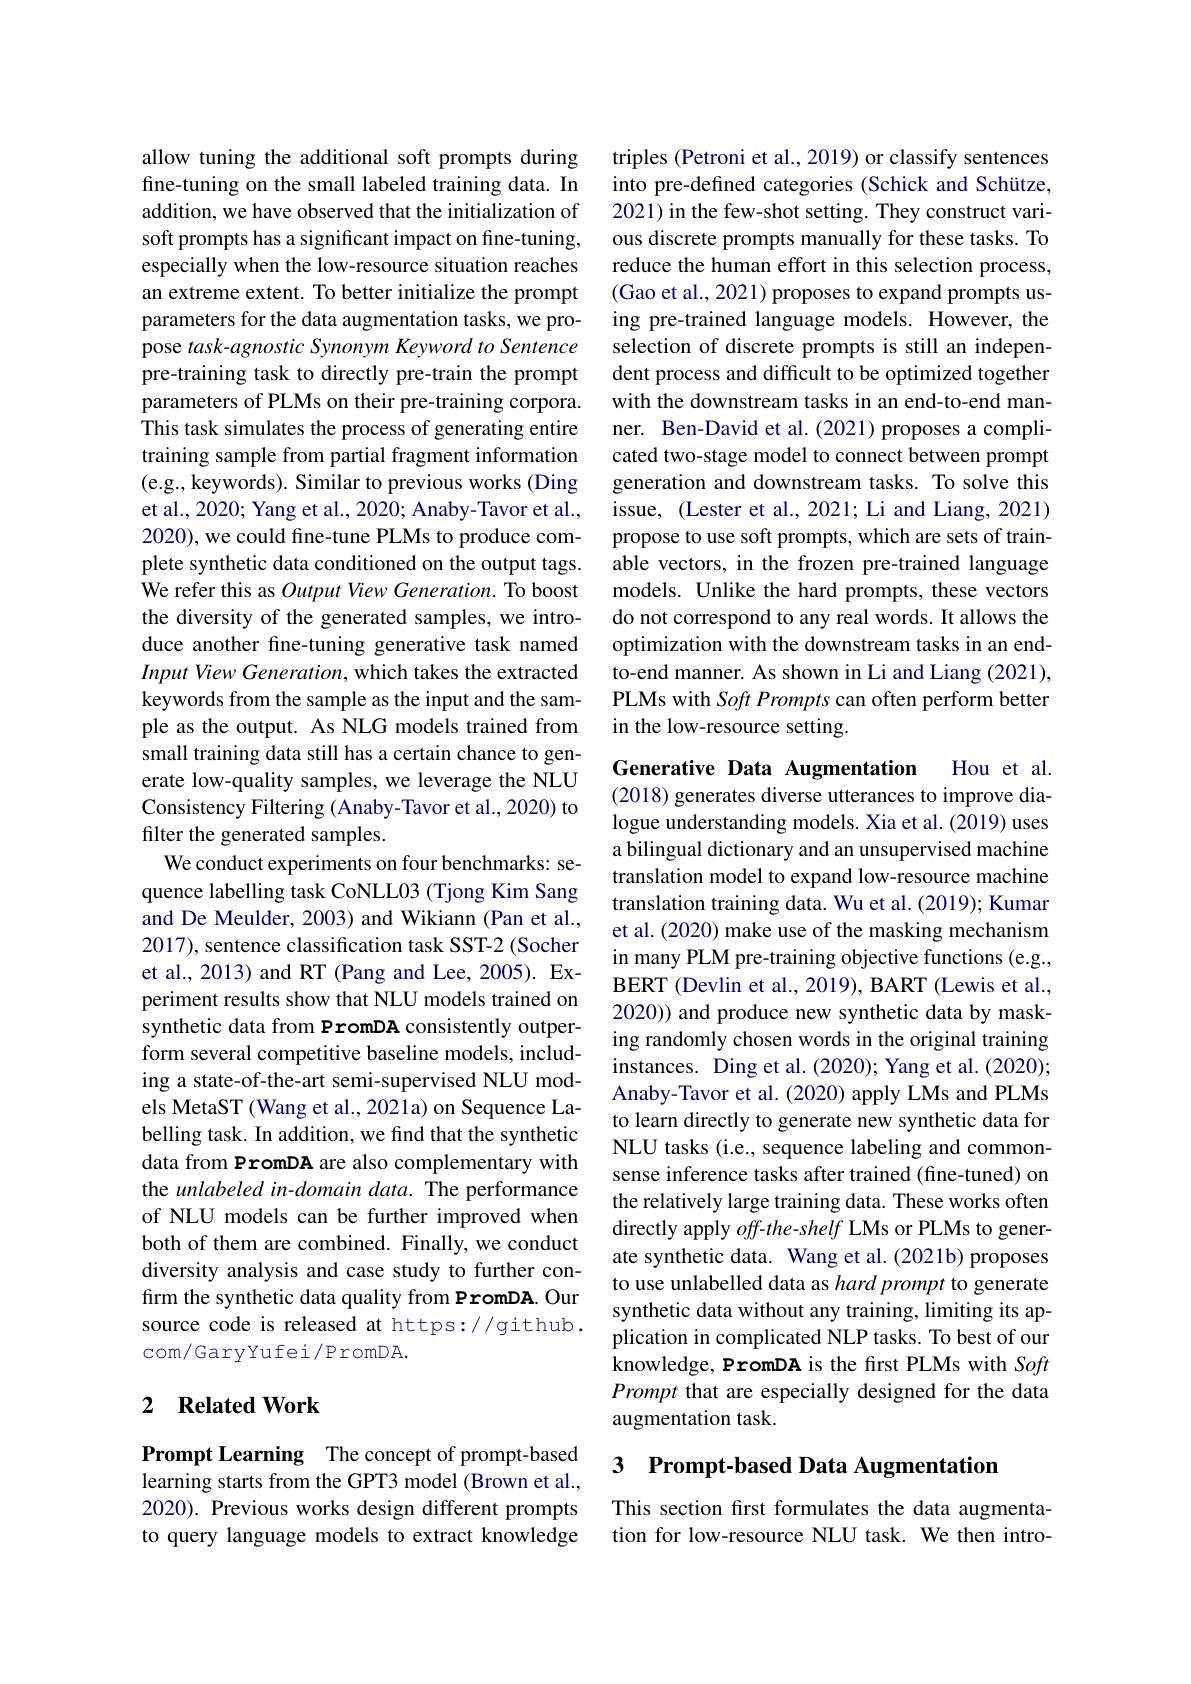
allow tuning the additional soft prompts during fine-tuning on the small labeled training data. In addition, we have observed that the initialization of soft prompts has a significant impact on fine-tuning, especially when the low-resource situation reaches an extreme extent. To better initialize the prompt parameters for the data augmentation tasks, we propose task-agnostic Synonym Keyword to Sentence pre-training task to directly pre-train the prompt parameters of PLMs on their pre-training corpora. This task simulates the process of generating entire training sample from partial fragment information (e.g., keywords). Similar to previous works (Ding et al., 2020; Yang et al., 2020; Anaby-Tavor et al., 2020), we could fine-tune PLMs to produce complete synthetic data conditioned on the output tags. We refer this as Output View Generation. To boost the diversity of the generated samples, we introduce another fine-tuning generative task named Input View Generation, which takes the extracted keywords from the sample as the input and the sample as the output. As NLG models trained from small training data still has a certain chance to generate low-quality samples, we leverage the NLU Consistency Filtering (Anaby-Tavor et al., 2020) to filter the generated samples.
We conduct experiments on four benchmarks: sequence labelling task CoNLL03 (Tjong Kim Sang and De Meulder, 2003) and Wikiann (Pan et al., 2017), sentence classification task SST-2 (Socher et al., 2013) and RT (Pang and Lee, 2005). Experiment results show that NLU models trained on synthetic data from PromDA consistently outperform several competitive baseline models, including a state-of-the-art semi-supervised NLU models MetaST (Wang et al., 2021a) on Sequence Labelling task. In addition, we find that the synthetic data from PromDA are also complementary with the unlabeled in-domain data. The performance of NLU models can be further improved when both of them are combined. Finally, we conduct diversity analysis and case study to further confirm the synthetic data quality from PromDA. Our source code is released at https://github. com/GaryYufei/PromDA.

## 2 $\textbf{Related Work}$

Prompt Learning The concept of prompt-based learning starts from the GPT3 model (Brown et al., 2020). Previous works design different prompts to query language models to extract knowledge

triples (Petroni et al., 2019) or classify sentences into pre-defined categories (Schick and Schütze, 2021) in the few-shot setting. They construct various discrete prompts manually for these tasks. To reduce the human effort in this selection process, (Gao et al., 2021) proposes to expand prompts using pre-trained language models. However, the selection of discrete prompts is still an independent process and difficult to be optimized together with the downstream tasks in an end-to-end manner. Ben-David et al.(2021) proposes a complicated two-stage model to connect between prompt generation and downstream tasks. To solve this issue, (Lester et al., 2021; Li and Liang, 2021) propose to use soft prompts, which are sets of trainable vectors, in the frozen pre-trained language models. Unlike the hard prompts, these vectors do not correspond to any real words. It allows the optimization with the downstream tasks in an endto-end manner. As shown in Li and Liang (2021), PLMs with Soft Prompts can often perform better in the low-resource setting

Hou et al.
Generative Data Augmentation
(2018) generates diverse utterances to improve dialogue understanding models. Xia et al. (2019) uses a bilingual dictionary and an unsupervised machine translation model to expand low-resource machine translation training data. Wu et al. (2019); Kumar et al. (2020) make use of the masking mechanism in many PLM pre-training objective functions (e.g., BERT (Devlin et al., 2019), BART (Lewis et al., 2020)) and produce new synthetic data by masking randomly chosen words in the original training instances. Ding et al.(2020); Yang et al.(2020); Anaby-Tavor et al.(2020) apply LMs and PLMs to learn directly to generate new synthetic data for NLU tasks (i.e., sequence labeling and commonsense inference tasks after trained (fine-tuned) on the relatively large training data. These works often directly apply off-the-shelf LMs or PLMs to generate synthetic data. Wang et al.(2021b) proposes to use unlabelled data as hard prompt to generate synthetic data without any training, limiting its application in complicated NLP tasks. To best of our knowledge, PromDA is the first PLMs with Soft Prompt that are especially designed for the data augmentation task.

## 3 Prompt-based Data Augmentation

This section frst formulates the data augmentation for low-resource NLU task. We then intro-